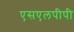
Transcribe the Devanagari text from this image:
एसएलपीपी